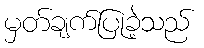
မှတ်ချက်ပြုခဲ့သည်